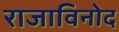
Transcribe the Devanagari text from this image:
राजाविनोद